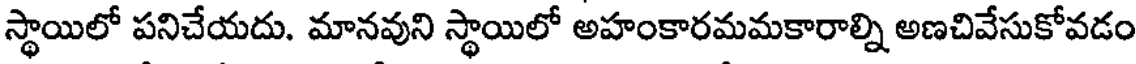
స్థాయిలో పనిచేయదు. మానవుని స్థాయిలో అహంకారమమకారాల్ని అణచివేసుకోవడం